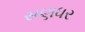
સણધર